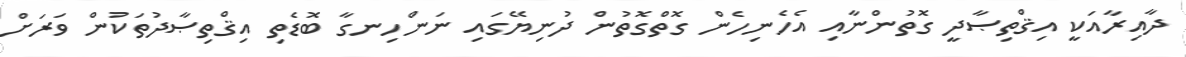
ދާއިރާއަކީ އިޤްތިޞާދީ ގޮތުންނާއި އެހެނިހެން ގޮތްގޮތުން ދުނިޔޭގައި ނަންހިނގާ ބޮޑެތި އިޤްތިޞާދުތަކުން ވަރަށް